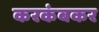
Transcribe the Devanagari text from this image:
करकंबकर